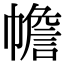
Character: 幨